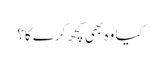
کیا وہ بھی کچھ کرے گا؟